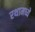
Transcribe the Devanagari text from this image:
रथामध्ये